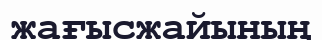
жағысжайының